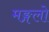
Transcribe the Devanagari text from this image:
मङ्गलो